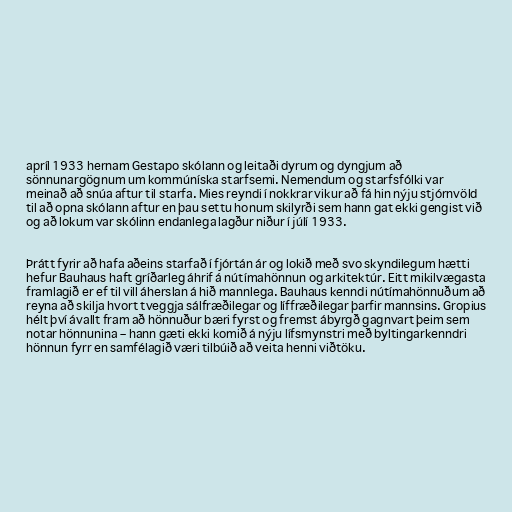
apríl 1933 hernam Gestapo skólann og leitaði dyrum og dyngjum að
sönnunargögnum um kommúníska starfsemi. Nemendum og starfsfólki var
meinað að snúa aftur til starfa. Mies reyndi í nokkrar vikur að fá hin nýju stjórnvöld
til að opna skólann aftur en þau settu honum skilyrði sem hann gat ekki gengist við
og að lokum var skólinn endanlega lagður niður í júlí 1933.

Þrátt fyrir að hafa aðeins starfað í fjórtán ár og lokið með svo skyndilegum hætti
hefur Bauhaus haft gríðarleg áhrif á nútímahönnun og arkitektúr. Eitt mikilvægasta
framlagið er ef til vill áherslan á hið mannlega. Bauhaus kenndi nútímahönnuðum að
reyna að skilja hvort tveggja sálfræðilegar og líffræðilegar þarfir mannsins. Gropius
hélt því ávallt fram að hönnuður bæri fyrst og fremst ábyrgð gagnvart þeim sem
notar hönnunina – hann gæti ekki komið á nýju lífsmynstri með byltingarkenndri
hönnun fyrr en samfélagið væri tilbúið að veita henni viðtöku.